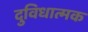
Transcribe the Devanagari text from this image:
दुविधात्मक